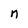
Character: n